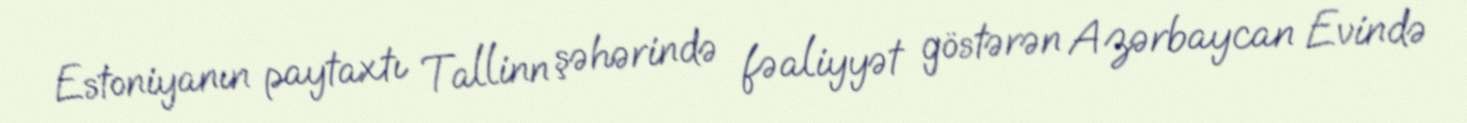
Estoniyanın paytaxtı Tallinn şəhərində fəaliyyət göstərən Azərbaycan Evində